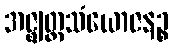
အဇ္ဈတ္တသံယောဇနဉ္စ